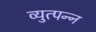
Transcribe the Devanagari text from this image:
व्‍युत्‍पन्‍न